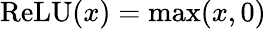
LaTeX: \textrm{ReLU}(x)=\operatorname*{max}(x,0)